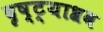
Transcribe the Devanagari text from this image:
दृष्ट्याश्रव